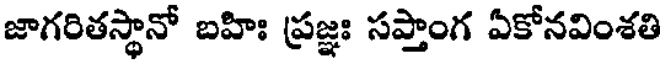
జాగరితస్థానో బహిః ప్రజ్ఞః సప్తాంగ ఏకోనవింశతి